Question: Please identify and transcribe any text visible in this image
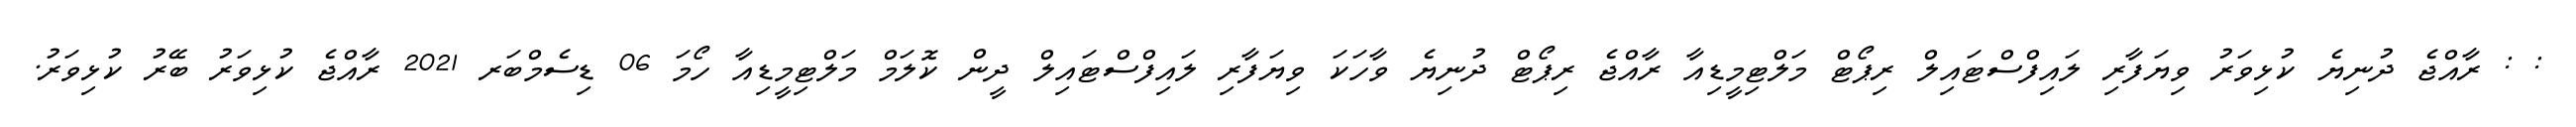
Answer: : : ރާއްޖެ ދުނިޔެ ކުޅިވަރު ވިޔަފާރި ލައިފްސްޓައިލް ރިޕޯޓް މަލްޓިމީޑިއާ ރާއްޖެ ރިޕޯޓް ދުނިޔެ ވާހަކަ ވިޔަފާރި ލައިފްސްޓައިލް ދީން ކޮލަމް މަލްޓިމީޑިއާ ހޯމަ 06 ޑިސެމްބަރ 2021 ރާއްޖެ ކުޅިވަރު ބޭރު ކުޅިވަރު.